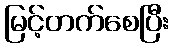
မြင့်တက်စေပြီး